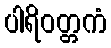
ပါရိဝတ္တကံ